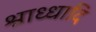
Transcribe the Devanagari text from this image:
श्राध्धादि